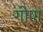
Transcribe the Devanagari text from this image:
गोण